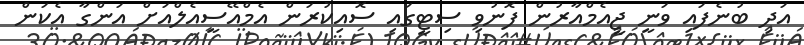
އަދި ބުނެފައި ވަނީ ޖީއެމްއާރުން ފޮނުވި ސިޓީގައި ސޮއިކުރަން އެމްއޭސީއެލްއަށް އަންގާ އެކަން